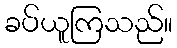
ခပ်ယူကြသည်။